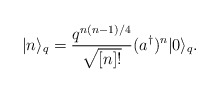
\begin{align*}|n\rangle_q=\frac{q^{n(n-1)/4}}{\sqrt{[n]!}}(a^\dagger)^n|0\rangle_q.\end{align*}